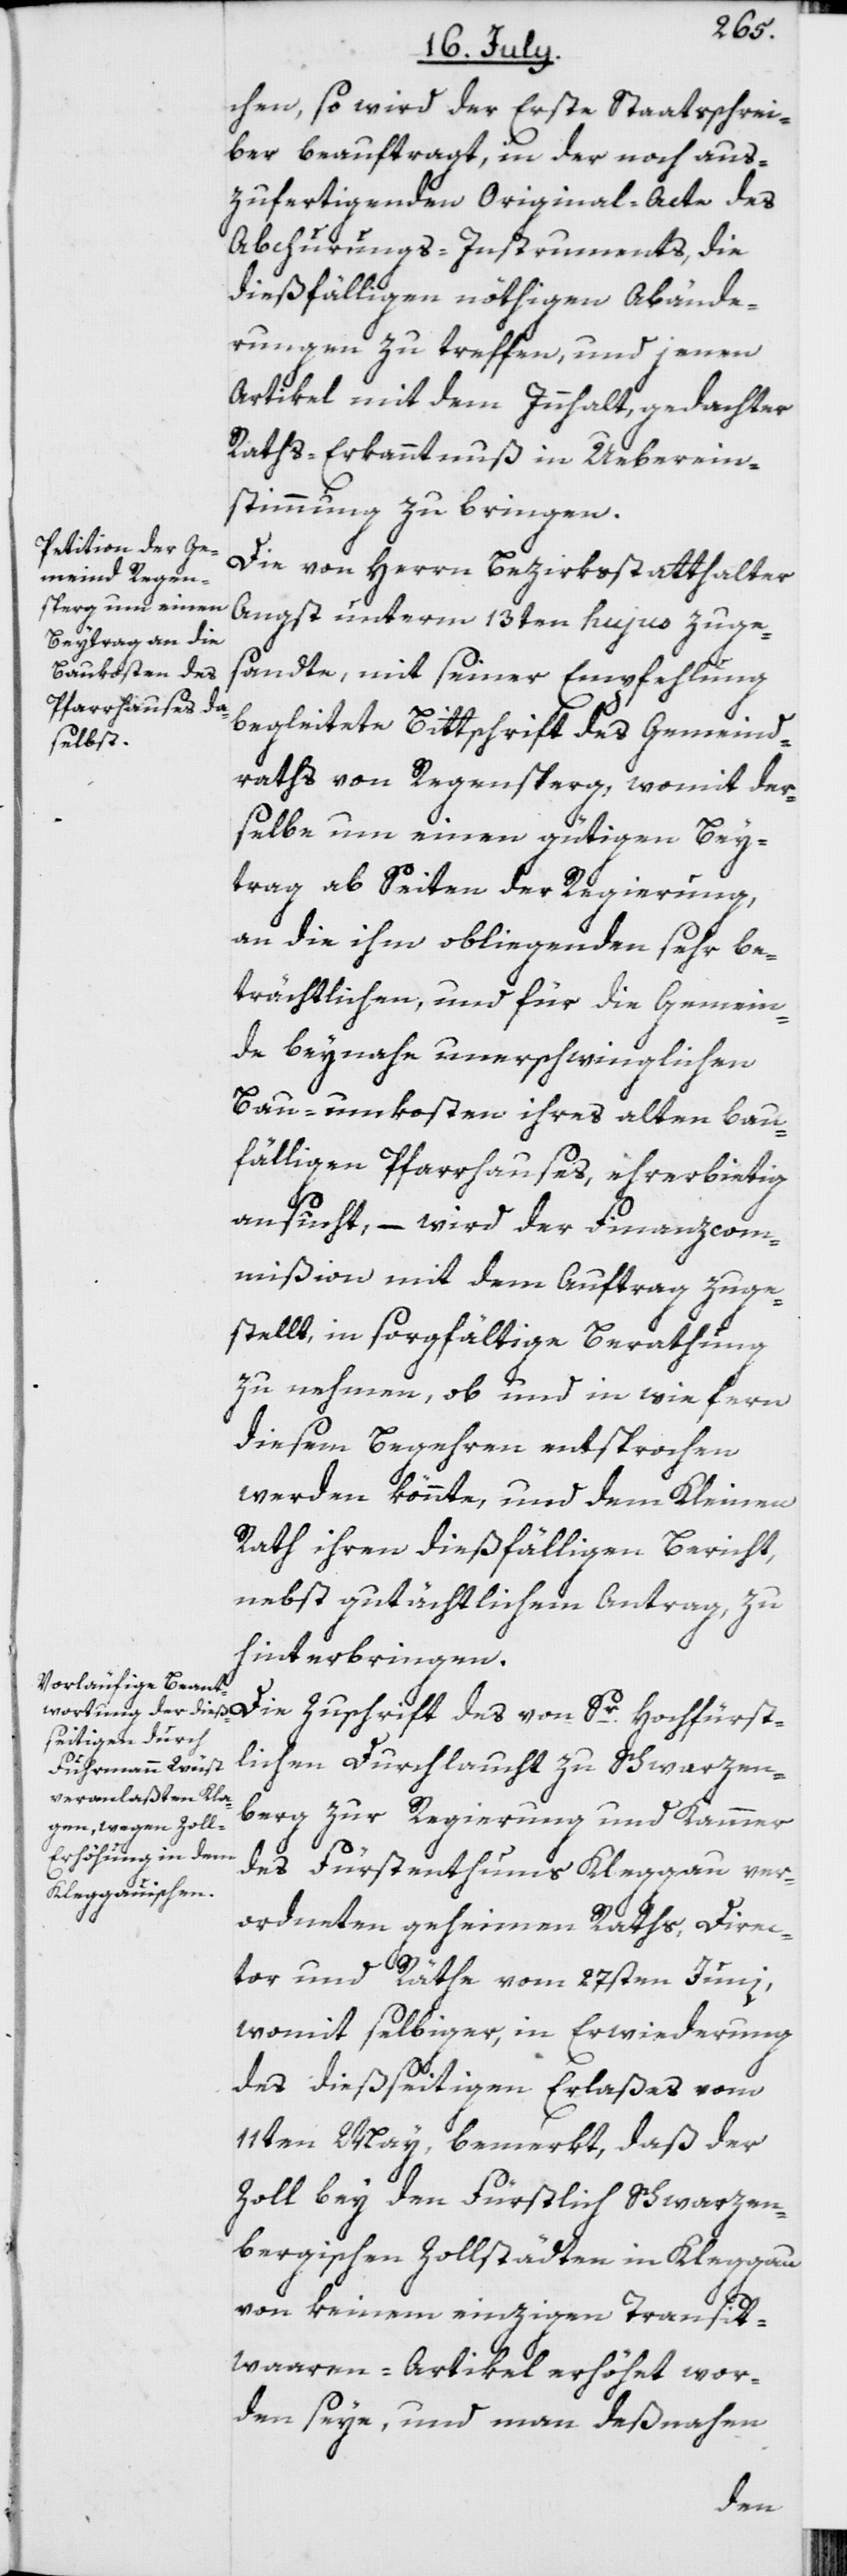
Hochfürs¬
chen, so wird der Erste Staatsschrei¬
ber beauftragt, in der noch aus¬
zufertigenden Original-Acte des
Abchurungs-Instruments, die
dießfälligen nöthigen Abände¬
rungen zu treffen, und jenen
Artikel mit dem Innhalt, gedachter
Raths-Erkanntnuß in Ueberein¬
stimmung zu bringen.
Die von Herrn Bezirksstatthalter
Angst unterm 13ten hujus zuge¬
sandte, mit seiner Empfehlung
begleitete Bittschrift des Gemeind¬
raths von Regensperg, womit der¬
selbe um einen gütigen Bey¬
trag ab Seiten der Regierung,
an die ihm obliegenden sehr be¬
trächtlichen, und für die Gemein¬
de beynahe unerschwinglichen
unkosten] ihres alten bau¬
fälligen Pfarrhauses, ehrerbietig
ansucht, – wird der Finanzcom¬
mißion mit dem Auftrag zuge¬
stellt, in sorgfältige Berathung
zu nehmen, ob und in wie fern
diesem Begehren entsprochen
werden könnte, und dem Kleinen
Rath ihren dießfälligen Bericht,
nebst gutächtlichem Antrag, zu
hinterbringen.
tlichen Durchlaucht zu Schwarzen¬
berg zur Regierung und Kammer
des Fürstenthums Kleggau ver¬
ordneten geheimen Raths, Direc¬
tor und Räthe vom 27sten Juni,
womit selbiger, in Erwiederung
des dießseitigen Erlaßes vom
11ten May, bemerkt, daß der
Zoll bey den Fürstlich Schwarzen¬
bergischen Zollstädten in Kleggau
von keinem einzigen Transit¬
waaren-Artikel erhöhet wor¬
den seye, und man deßnahen
des